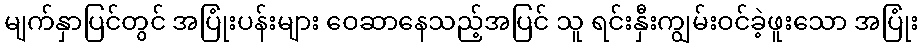
မျက်နှာပြင်တွင် အပြုံးပန်းများ ဝေဆာနေသည့်အပြင် သူ ရင်းနှီးကျွမ်းဝင်ခဲ့ဖူးသော အပြုံး